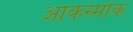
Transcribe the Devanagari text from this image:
आकस्मीक